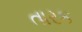
તારક